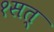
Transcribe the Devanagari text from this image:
१सत्